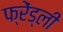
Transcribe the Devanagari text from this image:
फ्रेंड्ली